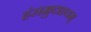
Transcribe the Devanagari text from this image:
हंसमुदाहृतम्